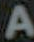
A